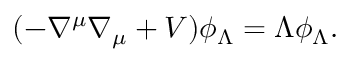
( - \nabla ^ { \mu } \nabla _ { \mu } + V ) \phi _ { \Lambda } = \Lambda \phi _ { \Lambda } .